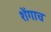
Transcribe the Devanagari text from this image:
शेंगाच